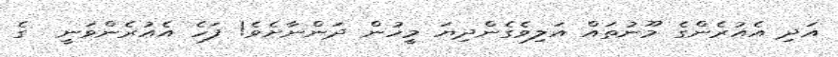
އަދި އެއުރެންގެ މޫނުތައް އަލިވެގެންދިޔަ މީހުން ދަންނާށެވެ! ފަހެ އެއުރެންވަނީ  ގެ